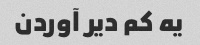
یه کم دیر آوردن